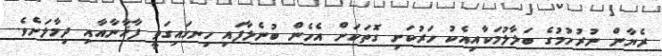
ރެޔާން ނުރުހުމުގެ ބަލާލުމަކާއިއެކު ހަރުކަށި ގޮތަކަށް އެހެން ބުނެލާފައި ހިނގައިގަތީ ފާޚާނާއާއި ދިމާލަށެވެ.